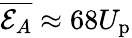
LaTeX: \overline{{\mathcal{E}_{A}}}\approx 68U_{\mathrm{p}}